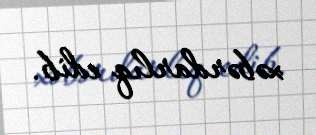
xəbərdarlıq edib.